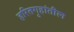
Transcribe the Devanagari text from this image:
हरितगृहांतील